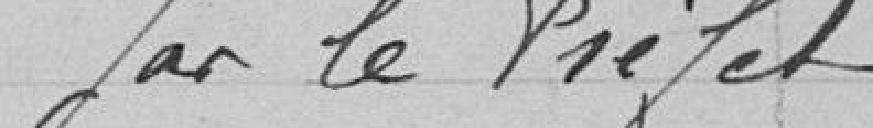
par le Préfet